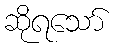
ဆိုရသော်